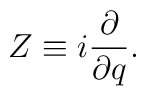
Z \equiv i\frac{\partial}{\partial q}.